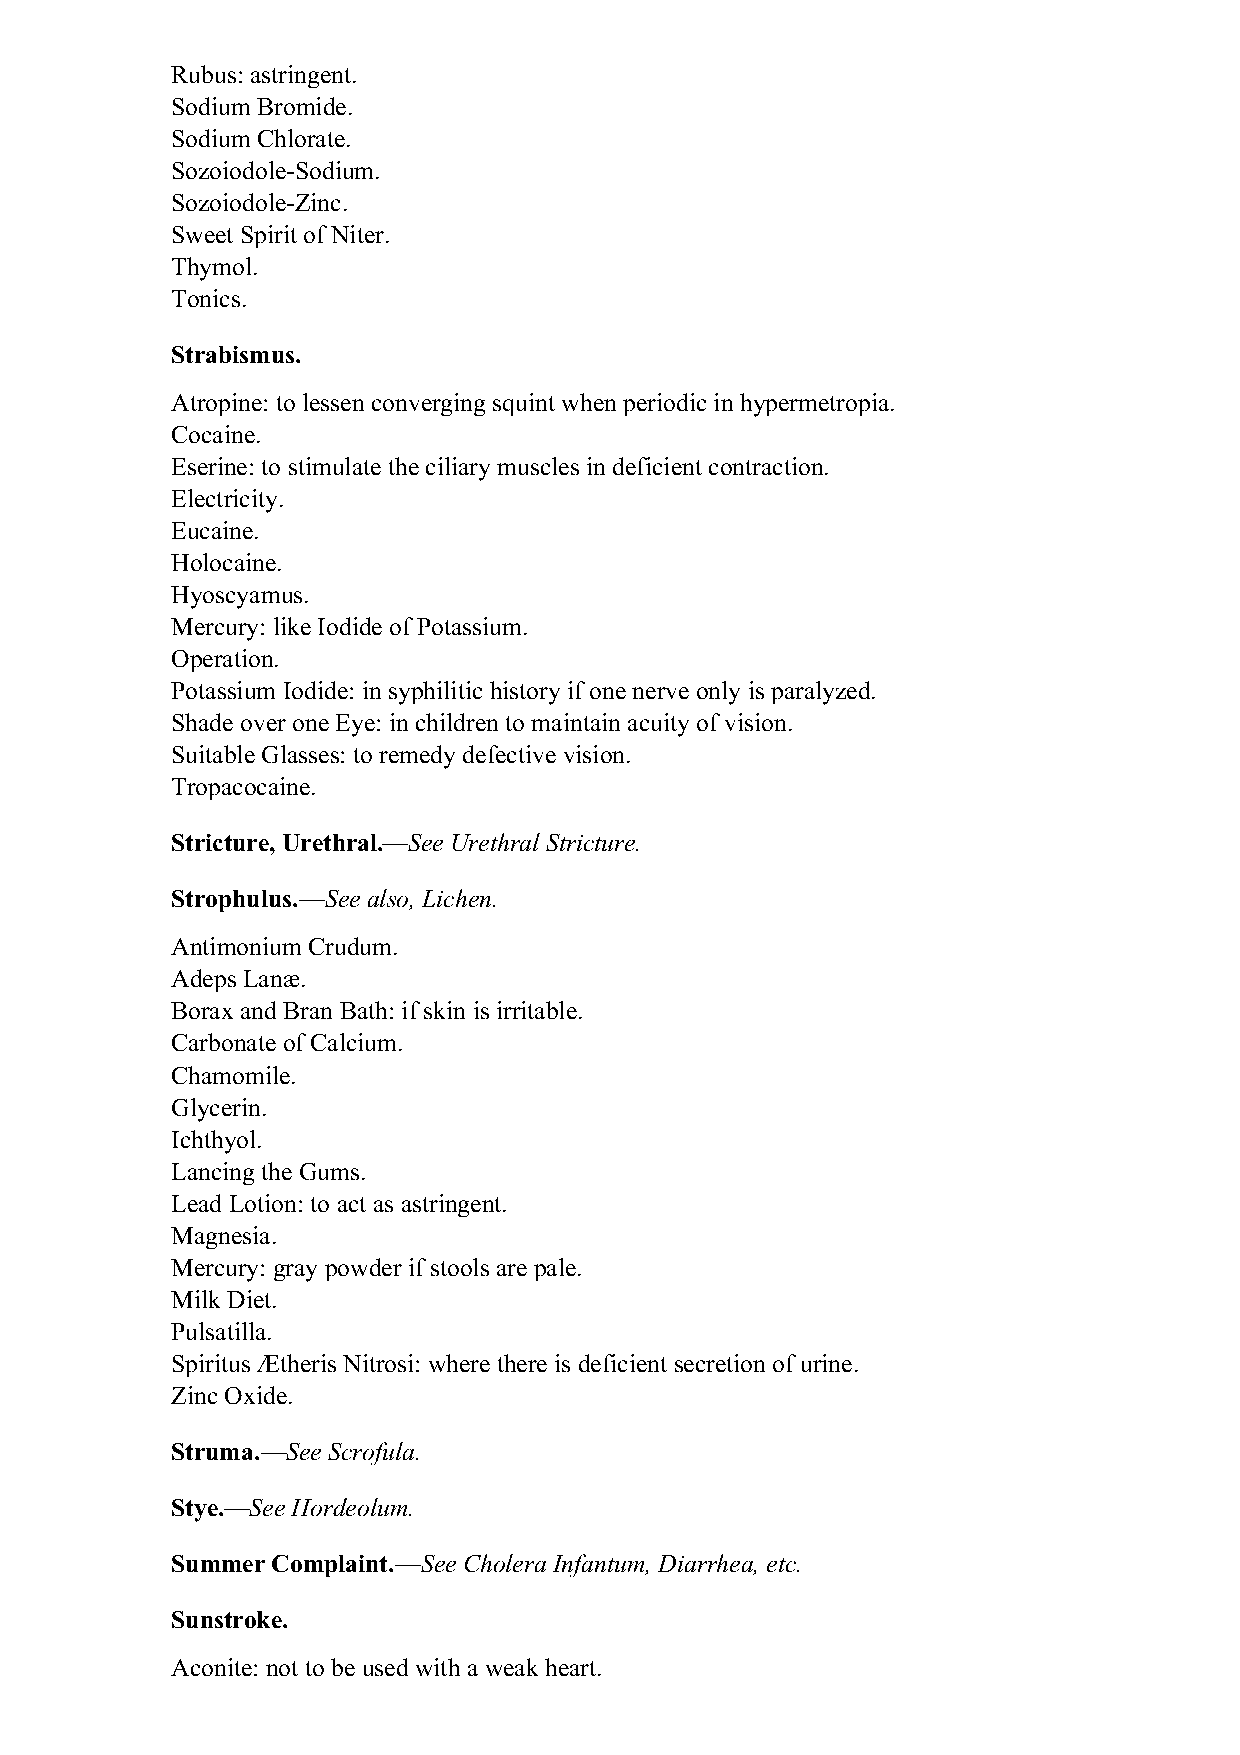
Rubus: astringent.
 Sodium Bromide.
 Sodium Chlorate.
 Sozoiodole-Sodium.
 Sozoiodole-Zinc.
 Sweet Spirit of Niter.
 Thymol.
 Tonics.
 Strabismus.
 Atropine: to lessen converging squint when periodic in hypermetropia.
 Cocaine.
 Eserine: to stimulate the ciliary muscles in deficient contraction.
 Electricity.
 Eucaine.
 Holocaine.
 Hyoscyamus.
 Mercury: like Iodide of Potassium.
 Operation.
 Potassium Iodide: in syphilitic history if one nerve only is paralyzed.
 Shade over one Eye: in children to maintain acuity of vision.
 Suitable Glasses: to remedy defective vision.
 Tropacocaine.
 Stricture, Urethral.—See Urethral Stricture.
 Strophulus.—See also, Lichen.
 Antimonium Crudum.
 Adeps Lanæ.
 Borax and Bran Bath: if skin is irritable.
 Carbonate of Calcium.
 Chamomile.
 Glycerin.
 Ichthyol.
 Lancing the Gums.
 Lead Lotion: to act as astringent.
 Magnesia.
 Mercury: gray powder if stools are pale.
 Milk Diet.
 Pulsatilla.
 Spiritus Ætheris Nitrosi: where there is deficient secretion of urine.
 Zinc Oxide.
 Struma.—See Scrofula.
 Stye.—See Hordeolum.
 Summer Complaint.—See Cholera Infantum, Diarrhea, etc.
 Sunstroke.
 Aconite: not to be used with a weak heart.